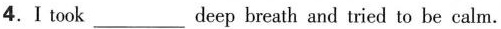
4.I took___deep breath and tried to be calm.